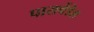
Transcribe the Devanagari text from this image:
पासचेंडेल